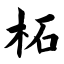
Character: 柘